Problem: 49 + 39 = ?
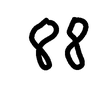
Handwritten answer: 88